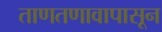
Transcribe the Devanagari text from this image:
ताणतणावापासून